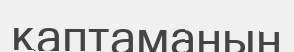
қаптаманың